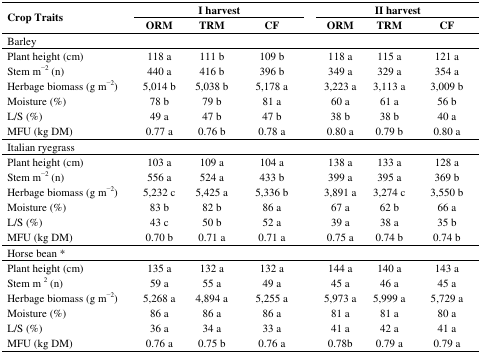
<table><thead><tr><td rowspan="2"><b>Crop Traits</b></td><td colspan="3"><b>I harvest</b></td><td colspan="3"><b>II harvest</b></td></tr><tr><td><b>ORM</b></td><td><b>TRM</b></td><td><b>CF</b></td><td><b>ORM</b></td><td><b>TRM</b></td><td><b>CF</b></td></tr></thead><tbody><tr><td>Barley</td><td></td><td></td><td></td><td></td><td></td><td></td></tr><tr><td>Plant height (cm)</td><td>118 a</td><td>111 b</td><td>109 b</td><td>118 a</td><td>115 a</td><td>121 a</td></tr><tr><td>Stem m<sup>−2</sup> (n)</td><td>440 a</td><td>416 b</td><td>396 b</td><td>349 a</td><td>329 a</td><td>354 a</td></tr><tr><td>Herbage biomass (g m<sup>−2</sup>)</td><td>5,014 b</td><td>5,038 b</td><td>5,178 a</td><td>3,223 a</td><td>3,113 a</td><td>3,009 b</td></tr><tr><td>Moisture (%)</td><td>78 b</td><td>79 b</td><td>81 a</td><td>60 a</td><td>61 a</td><td>56 b</td></tr><tr><td>L/S (%)</td><td>49 a</td><td>47 b</td><td>47 b</td><td>38 b</td><td>38 b</td><td>40 a</td></tr><tr><td>MFU (kg DM)</td><td>0.77 a</td><td>0.76 b</td><td>0.78 a</td><td>0.80 a</td><td>0.79 b</td><td>0.80 a</td></tr><tr><td>Italian ryegrass</td><td></td><td></td><td></td><td></td><td></td><td></td></tr><tr><td>Plant height (cm)</td><td>103 a</td><td>109 a</td><td>104 a</td><td>138 a</td><td>133 a</td><td>128 a</td></tr><tr><td>Stem m<sup>−2</sup> (n)</td><td>556 a</td><td>524 a</td><td>433 b</td><td>399 a</td><td>395 a</td><td>369 b</td></tr><tr><td>Herbage biomass (g m<sup>−2</sup>)</td><td>5,232 c</td><td>5,425 a</td><td>5,336 b</td><td>3,891 a</td><td>3,274 c</td><td>3,550 b</td></tr><tr><td>Moisture (%)</td><td>83 b</td><td>82 b</td><td>86 a</td><td>67 a</td><td>62 b</td><td>66 a</td></tr><tr><td>L/S (%)</td><td>43 c</td><td>50 b</td><td>52 a</td><td>39 a</td><td>38 a</td><td>35 b</td></tr><tr><td>MFU (kg DM)</td><td>0.70 b</td><td>0.71 a</td><td>0.71 a</td><td>0.75 a</td><td>0.74 b</td><td>0.74 b</td></tr><tr><td>Horse bean *</td><td></td><td></td><td></td><td></td><td></td><td></td></tr><tr><td>Plant height (cm)</td><td>135 a</td><td>132 a</td><td>132 a</td><td>144 a</td><td>140 a</td><td>143 a</td></tr><tr><td>Stem m <sup>2</sup> (n)</td><td>59 a</td><td>55 a</td><td>49 a</td><td>45 a</td><td>46 a</td><td>45 a</td></tr><tr><td>Herbage biomass (g m<sup>−2</sup>)</td><td>5,268 a</td><td>4,894 a</td><td>5,255 a</td><td>5,973 a</td><td>5,999 a</td><td>5,729 a</td></tr><tr><td>Moisture (%)</td><td>86 a</td><td>86 a</td><td>86 a</td><td>81 a</td><td>81 a</td><td>80 a</td></tr><tr><td>L/S (%)</td><td>36 a</td><td>34 a</td><td>33 a</td><td>41 a</td><td>42 a</td><td>41 a</td></tr><tr><td>MFU (kg DM)</td><td>0.76 a</td><td>0.75 b</td><td>0.76 a</td><td>0.78b</td><td>0.79 a</td><td>0.79 a</td></tr></tbody></table>